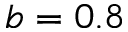
b = 0 . 8